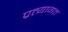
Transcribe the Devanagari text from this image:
प्रत्यागत